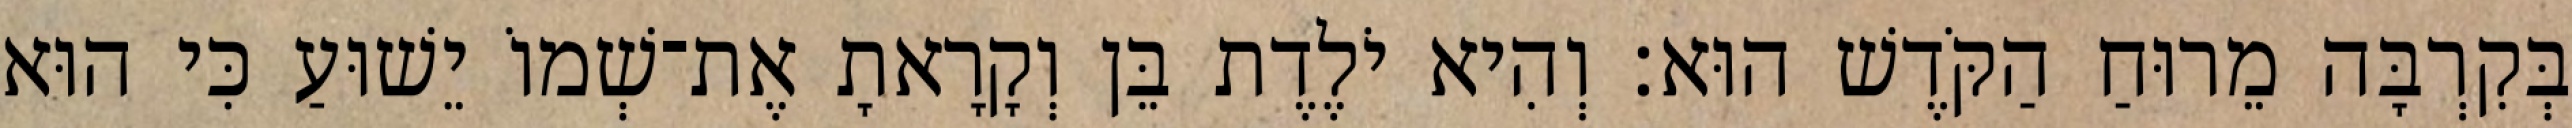
בְּקִרְבָּה מֵרוּחַ הַקֹּדֶשׁ הוּא׃ וְהִיא יֹלֶדֶת בֵּן וְקָרָאתָ אֶת־שְׁמוֹ יֵשׁוּעַ כִּי הוּא